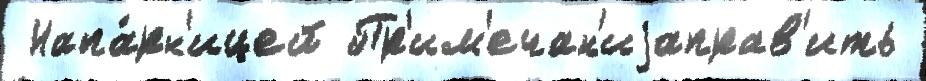
 Напа́рн'ицей Пр'им'ечан'иjаправ'ить